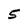
Character: 5